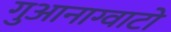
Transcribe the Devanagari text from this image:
गुआनाग्वाटो